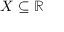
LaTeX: X \subseteq \mathbb { R }